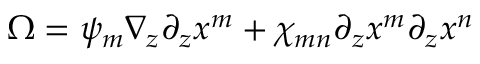
\Omega = \psi _ { m } \nabla _ { z } \partial _ { z } x ^ { m } + \chi _ { m n } \partial _ { z } x ^ { m } \partial _ { z } x ^ { n }